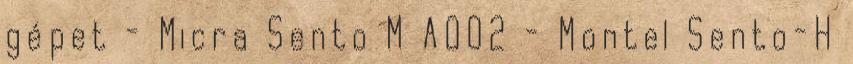
gépet - Micra Sento M A002 - Montel Sento-H